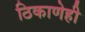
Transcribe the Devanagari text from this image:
ठिकाणेही